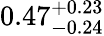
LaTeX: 0.47_{-0.24}^{+0.23}